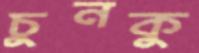
চুনকু